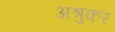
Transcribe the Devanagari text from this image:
अश्रुकर